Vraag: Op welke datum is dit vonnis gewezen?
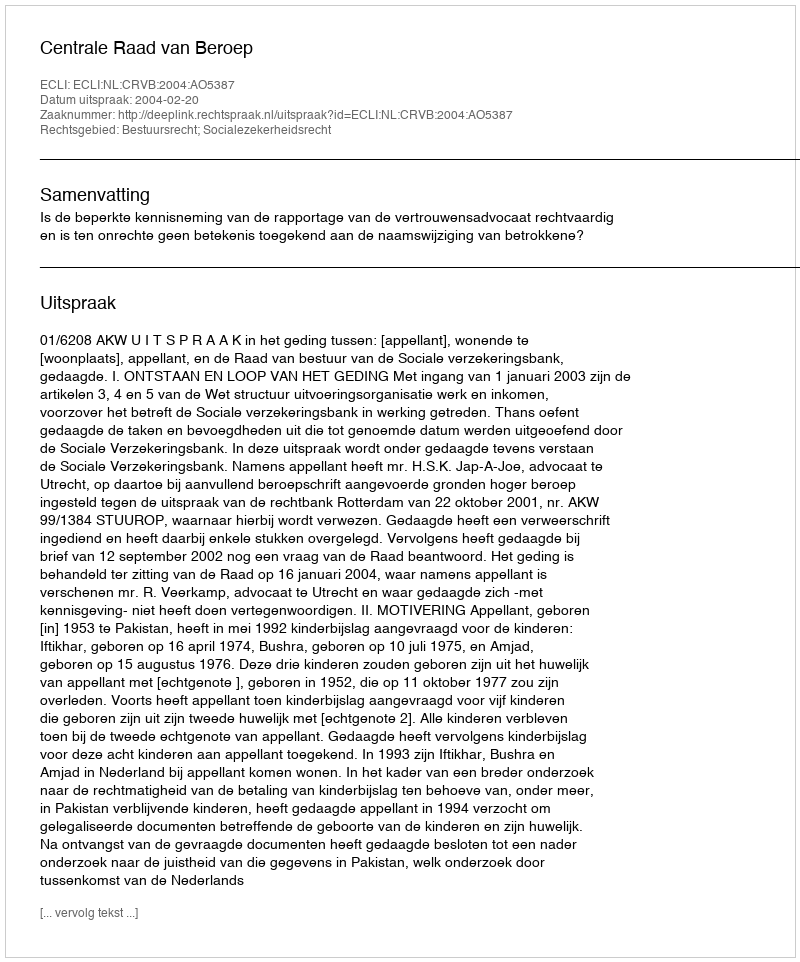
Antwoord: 2004-02-20